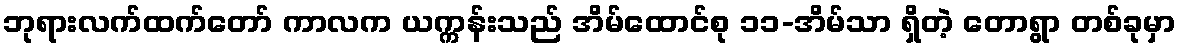
ဘုရားလက်ထက်တော် ကာလက ယက္ကန်းသည် အိမ်ထောင်စု ၁၁-အိမ်သာ ရှိတဲ့ တောရွာ တစ်ခုမှာ